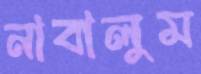
নাবালুম